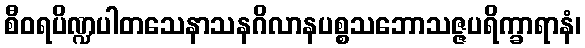
စီဝရပိဏ္ဍပါတသေနာသနဂိလာနပစ္စသဘောသဇ္ဇပရိက္ခာရာနံ၊